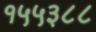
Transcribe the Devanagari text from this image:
१५५३८८